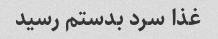
غذا سرد بدستم رسید